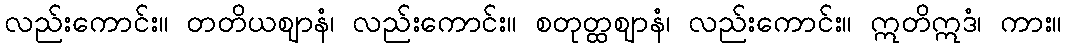
လည်းကောင်း။ တတိယဈာနံ၊ လည်းကောင်း။ စတုတ္ထဈာနံ၊ လည်းကောင်း။ ဣတိဣဒံ၊ ကား။